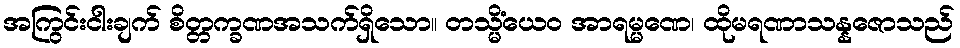
အကြွင်းငါးချက် စိတ္တက္ခဏအသက်ရှိသော။ တသ္မိံယေဝ အာရမ္မဏေ၊ ထိုမရဏာသန္နဇောသည်